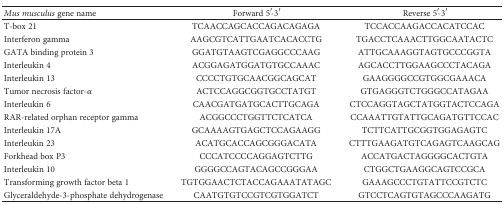
| Mus musculus gene name | Forward 5′-3′ | Reverse 5′-3′ |
 | --- | --- | --- |
 | T-box 21 | TCAACCAGCACCAGACAGAGA | TCCACCAAGACCACATCCAC |
 | Interferon gamma | AAGCGTCATTGAATCACACCTG | TGACCTCAAACTTGGCAATACTC |
 | GATA binding protein 3 | GGATGTAAGTCGAGGCCCAAG | ATTGCAAAGGTAGTGCCCGGTA |
 | Interleukin 4 | ACGGAGATGGATGTGCCAAAC | AGCACCTTGGAAGCCCTACAGA |
 | Interleukin 13 | CCCCTGTGCAACGGCAGCAT | GAAGGGGCCGTGGCGAAACA |
 | Tumor necrosis factor-α | ACTCCAGGCGGTGCCTATGT | GTGAGGGTCTGGGCCATAGAA |
 | Interleukin 6 | CAACGATGATGCACTTGCAGA | CTCCAGGTAGCTATGGTACTCCAGA |
 | RAR-related orphan receptor gamma | ACGGCCCTGGTTCTCATCA | CCAAATTGTATTGCAGATGTTCCAC |
 | Interleukin 17A | GCAAAAGTGAGCTCCAGAAGG | TCTTCATTGCGGTGGAGAGTC |
 | Interleukin 23 | ACATGCACCAGCGGGACATA | CTTTGAAGATGTCAGAGTCAAGCAG |
 | Forkhead box P3 | CCCATCCCCAGGAGTCTTG | ACCATGACTAGGGGCACTGTA |
 | Interleukin 10 | GGGGCCAGTACAGCCGGGAA | CTGGCTGAAGGCAGTCCGCA |
 | Transforming growth factor beta 1 | TGTGGAACTCTACCAGAAATATAGC | GAAAGCCCTGTATTCCGTCTC |
 | Glyceraldehyde-3-phosphate dehydrogenase | CAATGTGTCCGTCGTGGATCT | GTCCTCAGTGTAGCCCAAGATG |